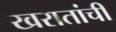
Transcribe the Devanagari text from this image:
खरातांची